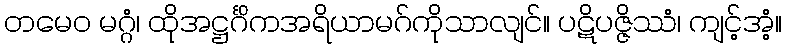
တမေဝ မဂ္ဂံ၊ ထိုအဋ္ဌင်္ဂိကအရိယာမဂ်ကိုသာလျင်။ ပဋိပဇ္ဇိဿံ၊ ကျင့်အံ့။